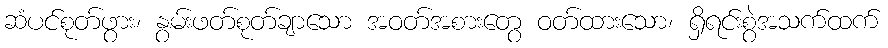
ဆံပင်စုတ်ဖွား၊ နွမ်းဖတ်စုတ်ချာသော အဝတ်အစားတွေ ဝတ်ထားသော၊ ရှိရင်းစွဲအသက်ထက်